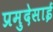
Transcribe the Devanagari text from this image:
प्रमुदेसाई